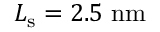
L _ { \mathrm { s } } = 2 . 5 ~ \mathrm { n m }